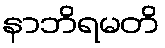
နာဘိရမတိ